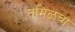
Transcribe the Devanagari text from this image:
तमिळचा